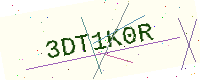
Text: 3DT1K0R